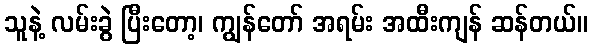
သူနဲ့ လမ်းခွဲ ပြီးတော့၊ ကျွန်တော် အရမ်း အထီးကျန် ဆန်တယ်။